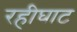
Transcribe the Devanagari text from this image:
रहीघाट